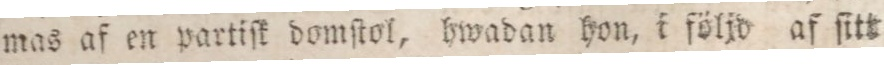
mas af en partiſk domſtol, hwadan hon, i följd af ſitt